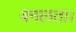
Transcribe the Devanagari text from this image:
वनलता।